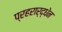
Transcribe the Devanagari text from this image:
प्रहरार्द्धेन